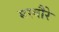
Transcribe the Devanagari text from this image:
मस्वौरे